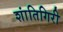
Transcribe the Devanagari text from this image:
शांतिगिरी